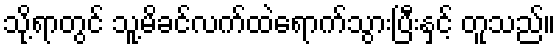
သို့ရာတွင် သူ့မိခင်လက်ထဲရောက်သွားပြီးနှင့် တူသည်။